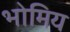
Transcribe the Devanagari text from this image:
भोमिय